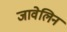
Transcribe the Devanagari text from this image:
जावेलिन